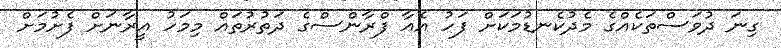
ގިނަ ދުވަސްތަކެއްގެ މެދުކެނޑުމަކަށް ފަހު އެއާ ފްރާންސްގެ ދަތުރުތައް މިމަހު އީރާނަށް ފެށުމަށް